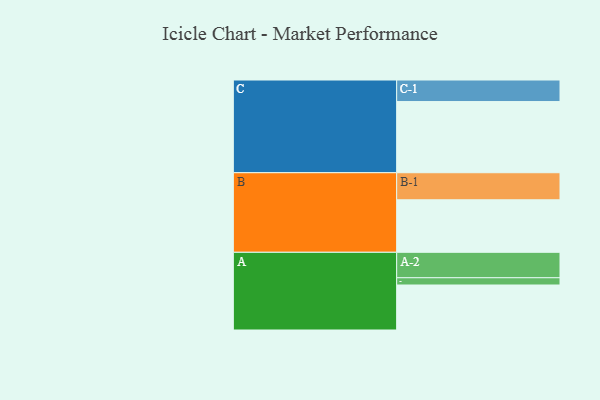
{"axis": {"x": "Segment", "y": "Value"}, "legend": ["", "A", "B", "C"], "data": [{"x": "A", "y": 359, "type": ""}, {"x": "B", "y": 419, "type": ""}, {"x": "C", "y": 568, "type": ""}, {"x": "A-1", "y": 58, "type": "A"}, {"x": "A-2", "y": 203, "type": "A"}, {"x": "B-1", "y": 216, "type": "B"}, {"x": "C-1", "y": 172, "type": "C"}]}